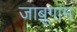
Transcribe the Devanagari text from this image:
जाबूगाम